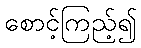
စောင့်ကြည့်၍